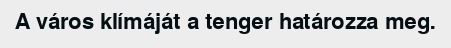
A város klímáját a tenger határozza meg.